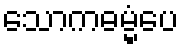
သောကဓမ္မံပေ